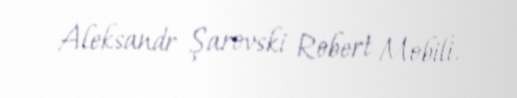
Aleksandr Şarovski Robert Mobili.